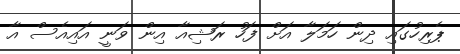
ޕެރިހުގައި ދިން ހަމަލާ އަށް ފަހު ރަޝިއާ އިން ވަނީ އައިއެސް އާ